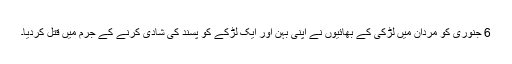
6 جنوری کو مردان میں لڑکی کے بھائیوں نے اپنی بہن اور ایک لڑکے کو پسند کی شادی کرنے کے جرم میں قتل کردیا۔